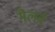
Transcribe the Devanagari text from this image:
मैलर्ब